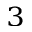
^ 3